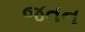
જતન